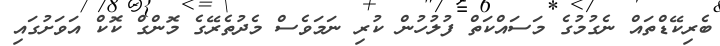
ބެރިކޭޑްތައް ނެގުމުގެ މަސައްކަތް ފުލުހުން ކުރި ނަމަވެސް މެދުތެރޭގެ މޮންގް ކޮކް އަވަށުގައި